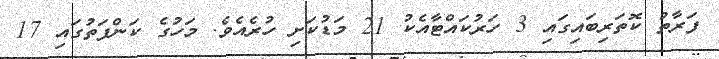
ފަރާތު ކޮތަރިބައިގައި 3 ހަރުކައްޓާއެކު 21 މަޑުކަށި ހުރެއެވެ. މަހުގެ ކަންފަތުގައި 17